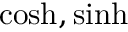
\cosh , \sinh